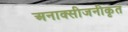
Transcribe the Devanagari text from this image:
अनाक्सीजनीकृत